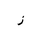
Letter: _zay